Vaccine operations Central Provinces 1868-1885 - 1868-1885
Year: 1868
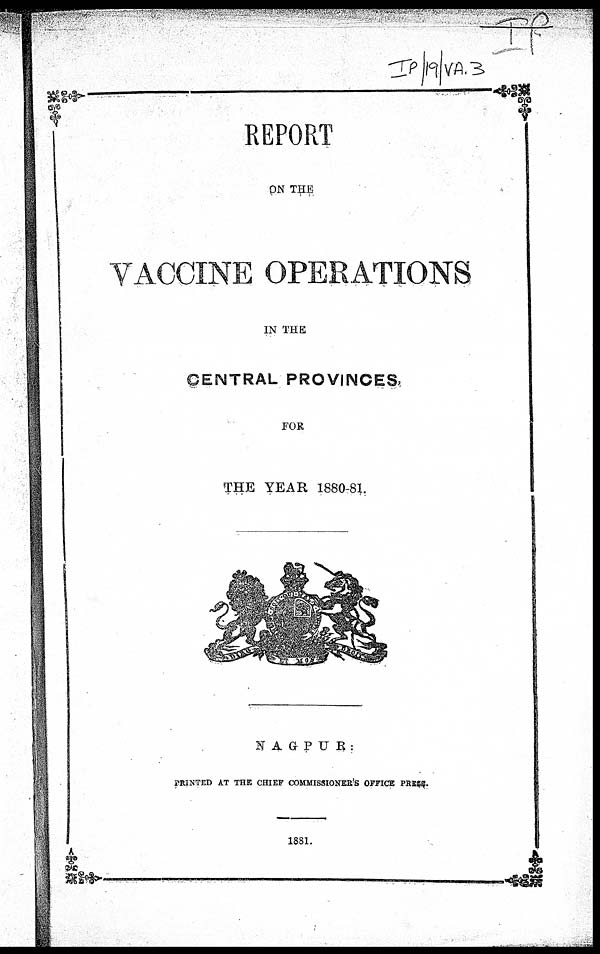
REPORT
ON THE
VACCINE OPERATIONS
IN THE
CENTRAL PROVINCES,
FOR
THE YEAR 1880-81.
NAGPUR:
PRINTED AT THE CHIEF COMMISSIONER'S OFFICE PRESS.
1881.